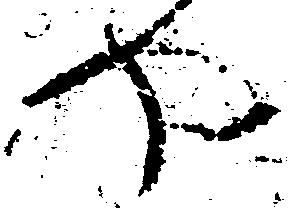
や